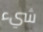
شيء